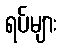
ရပ်များ